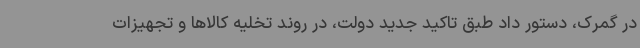
در گمرک، دستور داد طبق تاکید جدید دولت، در روند تخلیه کالاها و تجهیزات